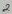
Text: 2